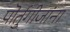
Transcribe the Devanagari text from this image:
पॊर्तुगीजांना